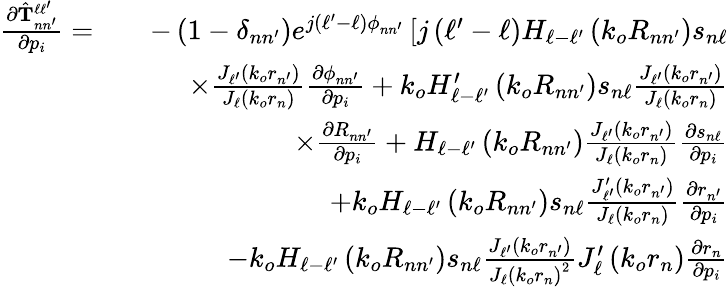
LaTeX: \begin{array}{rlr}{\frac{\partial\hat{\mathbf{T}}_{nn^{\prime}}^{\ell\ell^{\prime}}}{\partial p_{i}}=}&{}&{-\left(1-\delta_{nn^{\prime}}\right)e^{j\left(\ell^{\prime}-\ell\right)\phi_{nn^{\prime}}}\left[j\left(\ell^{\prime}-\ell\right)H_{\ell-\ell^{\prime}}\left(k_{o}R_{nn^{\prime}}\right)s_{n\ell}\right.}\\ &{}&{\times\frac{J_{\ell^{\prime}}\left(k_{o}r_{n^{\prime}}\right)}{J_{\ell}\left(k_{o}r_{n}\right)}\frac{\partial\phi_{nn^{\prime}}}{\partial p_{i}}+k_{o}H_{\ell-\ell^{\prime}}^{\prime}\left(k_{o}R_{nn^{\prime}}\right)s_{n\ell}\frac{J_{\ell^{\prime}}\left(k_{o}r_{n^{\prime}}\right)}{J_{\ell}\left(k_{o}r_{n}\right)}}\\ &{}&{\times\frac{\partial R_{nn^{\prime}}}{\partial p_{i}}+H_{\ell-\ell^{\prime}}\left(k_{o}R_{nn^{\prime}}\right)\frac{J_{\ell^{\prime}}\left(k_{o}r_{n^{\prime}}\right)}{J_{\ell}\left(k_{o}r_{n}\right)}\frac{\partial s_{n\ell}}{\partial p_{i}}}\\ &{}&{+k_{o}H_{\ell-\ell^{\prime}}\left(k_{o}R_{nn^{\prime}}\right)s_{n\ell}\frac{J_{\ell^{\prime}}^{\prime}\left(k_{o}r_{n^{\prime}}\right)}{J_{\ell}\left(k_{o}r_{n}\right)}\frac{\partial r_{n^{\prime}}}{\partial p_{i}}}\\ &{}&{-k_{o}H_{\ell-\ell^{\prime}}\left(k_{o}R_{nn^{\prime}}\right)s_{n\ell}\frac{J_{\ell^{\prime}}\left(k_{o}r_{n^{\prime}}\right)}{J_{\ell}\left(k_{o}r_{n}\right)^{2}}J_{\ell}^{\prime}\left(k_{o}r_{n}\right)\frac{\partial r_{n}}{\partial p_{i}}}\end{array}